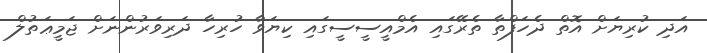
އަދި ކުރިޔަށް އޮތް ދެހަފްތާ ތެރޭގައި އެމްއީސީސީގައި ކިޔަވާ ހުރިހާ ދަރިވަރުންނަށް ޖަމީޢަތުލް